system: You are a helpful assistant.
user:
Analyze the provided spectrum to determine if it is a **White Dwarf (WD)**.

A White Dwarf spectrum is defined by its **extreme purity** (due to gravitational settling) and/or **extreme pressure broadening** (due to high surface gravity). You must check for one of the following mutually exclusive signatures:

- **Key Visual Indicators (Check for ONE of these types):**

    - **1. DA-Type Signature (Most Common):**
        - **(Primary Feature):** Extreme pressure broadening (Stark broadening) of the **Hydrogen (H) Balmer lines**.
        - **(Key Lines):** $H\beta$ (approx. $4861$ Å) and $H\gamma$ (approx. $4340$ Å). $H\alpha$ (approx. $6563$ Å) will also be present if the wavelength range covers it.
        - **(Line Profile):** This is the **defining feature**. The lines are **NOT** sharp. They appear as massive, **extremely broad and deep "troughs" or "dips"** in the spectrum, often hundreds of Ångströms wide. The continuum will appear to "scoop" down at these wavelengths.
        - **(Distinction):** Normal A-type or B-type stars have *narrow* and *sharp* Hydrogen lines. A DA White Dwarf's lines are unmistakably "smeared" or "blurry" from pressure.

    - **2. DB-Type Signature:**
        - **(Primary Feature):** Broad absorption lines from **Neutral Helium (He I)**. The spectrum must lack any visible Hydrogen lines.
        - **(Key Lines):** Look for broad absorption near $4471$ Å, $4921$ Å, and $5876$ Å.
        - **(Line Profile):** These lines are also significantly pressure-broadened, appearing much wider than they would in a normal B-type main-sequence star.

    - **3. DC-Type Signature:**
        - **(Primary Feature):** A **featureless continuous spectrum**.
        - **(Line Profile):** The spectrum is a smooth curve with **no significant absorption or emission lines**.
        - **(Key Confirmation):** The continuum is almost always **blue or white**, indicating a hot object. This signature implies the atmosphere is so pure (or so cool) that no spectral lines are visible in the optical range. Its WD identity is confirmed by its extremely low intrinsic brightness (high absolute magnitude).

    - **4. DZ-Type Signature (Metal-Polluted):**
        - **(Primary Feature):** **Isolated, narrow metal absorption lines** on an otherwise featureless (DC-like) continuum.
        - **(Key Lines):** The **Calcium (Ca II) H & K doublet** (approx. **$3934$ Å** and **$3968$ Å**) is the most common and defining feature.
        - **(Line Profile):** These lines are "out of place." They are *not* part of a "forest" of thousands of lines. This signature is evidence of recent *accretion* (pollution) from rocky debris.
        - **(Distinction):** Normal G/K/M stars have a *dense forest* of thousands of metal lines. A DZ has a *clean* continuum with *only a few* strong metal lines.

    - **5. DQ-Type Signature (Carbon-Polluted):**
        - **(Primary Feature):** Absorption bands from **Carbon (C₂ "Swan Bands" or atomic C I)**.
        - **(Key Lines - C₂):** Look for bandheads with a "saw-tooth" shape near $5635$ Å, **$5165$ Å** (strongest), and $4737$ Å.
        - **(Key Confirmation):** The underlying **continuum must be blue or white** (hot).
        - **(Distinction):** This is the critical difference from a **Carbon Star**, which has the *exact same* C₂ bands but on an extremely **red, cool** continuum.

- **(Overall Spectrum):**
    - The continuum (overall shape) is typically **blue-sloping** (brighter in the blue than the red), as most white dwarfs are very hot.
    - The spectrum will look "pure" or "simple," dominated by only *one* of the five signatures listed above.

Think first, call **spectral_visualization_tool** if needed to examine features in detail, then provide your final answer. Your response must adhere to the following strict rules:
1.  **Overall Structure:** Your response must follow the format `<think>...</think> <tool_call>...</tool_call> (if a tool is used) <answer>...</answer>`.
2.  **Tool Usage Constraint:** You may only make **one** tool call per turn.
3.  **Final Answer Format:** In the `<answer>` tag, your conclusion must be inside a `\boxed{}` command (e.g., `\boxed{YES}` or `\boxed{NO}`), followed by your justification.

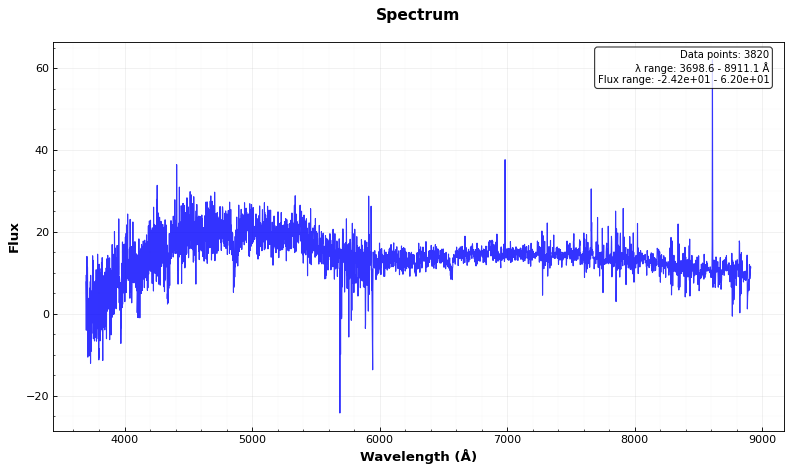
Answer: YES